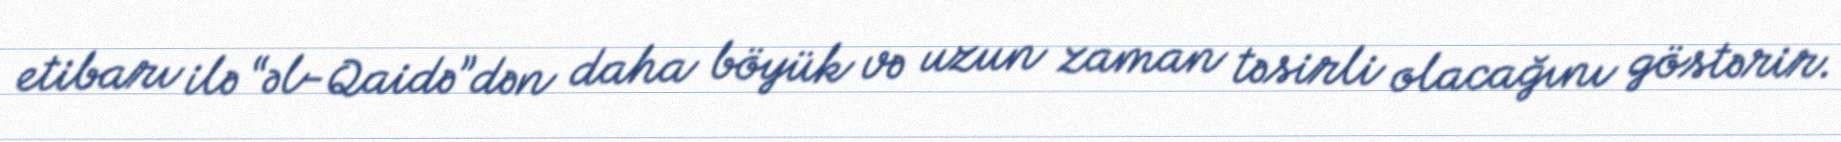
etibarı ilə “əl-Qaidə”dən daha böyük və uzun zaman təsirli olacağını göstərir.